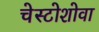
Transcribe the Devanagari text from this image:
चेस्टोशोवा